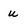
Character: u